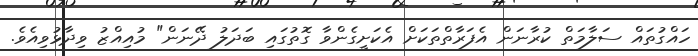
ހައްގުތައް ސަލާމަތް ކުރާނަން އެފަރާތްތަކަށް އެކަށީގެންވާ ގޮތުގައި ބަދަލު ދޭނަން" މުއިއްޒު ވިދާޅުވިއެވެ.